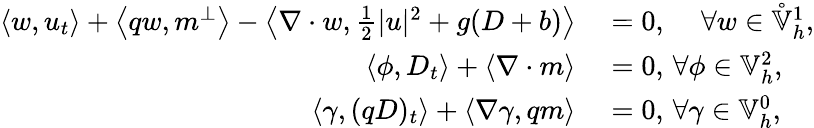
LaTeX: \begin{array}{rl}{\left\langle w,u_{t}\right\rangle+\left\langle qw,m^{\perp}\right\rangle-\left\langle\nabla\cdot w,\frac{1}{2}|u|^{2}+g(D+b)\right\rangle}&{{}=0,\, \quad\forall w\in\mathring{\mathbb{V}}_{h}^{1},}\\ {\left\langle\phi,D_{t}\right\rangle+\left\langle\nabla\cdot m\right\rangle}&{{}=0,\, \forall\phi\in\mathbb{V}_{h}^{2},}\\ {\left\langle\gamma,(qD)_{t}\right\rangle+\left\langle\nabla\gamma,qm\right\rangle}&{{}=0,\, \forall\gamma\in\mathbb{V}_{h}^{0},}\end{array}